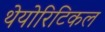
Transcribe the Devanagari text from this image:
थेयोरिटिकल